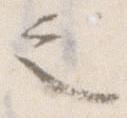
之